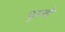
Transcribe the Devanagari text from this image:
पुरूचे